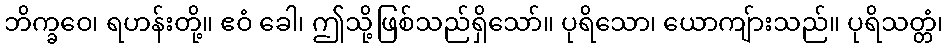
ဘိက္ခဝေ၊ ရဟန်းတို့။ ဧဝံ ခေါ၊ ဤသို့ဖြစ်သည်ရှိသော်။ ပုရိသော၊ ယောကျ်ားသည်။ ပုရိသတ္တံ၊